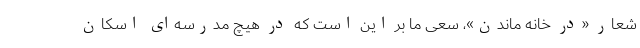
شعار «در خانه ماندن»، سعی ما بر این است که در هیچ مدرسه‌ای اسکان